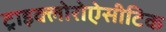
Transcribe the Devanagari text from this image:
ट्राइक्लोरोऐसीटिक